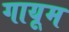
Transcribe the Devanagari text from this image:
गायूम